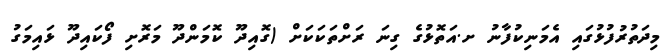
މިދަތުރުފުޅުގައި އެމަނިކުފާނު ށ.އަތޮޅުގެ ގިނަ ރަށްތަކަކަށް (ގޮއިދޫ ކޮމަންދޫ މަރޮށި ފޯކައިދޫ ޅައިމަގު